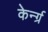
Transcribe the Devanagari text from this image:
केर्न्ग्र